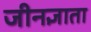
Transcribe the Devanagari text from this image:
जीनज्ञाता